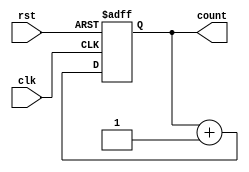
module IncrementalCounter (
    input wire clk,        // Increment Trigger (clock signal)
    input wire rst,        // Asynchronous Reset Signal
    output reg [7:0] count // 8-bit output for current count value
);

    // Initial value for the counter
    initial begin
        count = 8'b0; // Start count at 0
    end

    // Always block triggered on the rising edge of the clock or the reset signal
    always @(posedge clk or posedge rst) begin
        if (rst) begin
            count <= 8'b0; // Reset count to 0
        end else begin
            count <= count + 1; // Increment count
        end
    end

endmodule